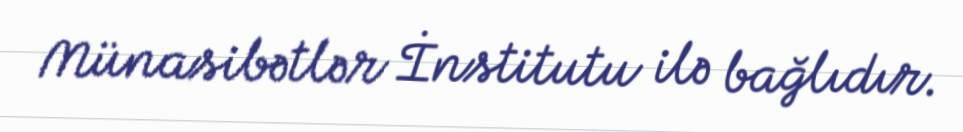
Münasibətlər İnstitutu ilə bağlıdır.